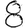
Digit: 8